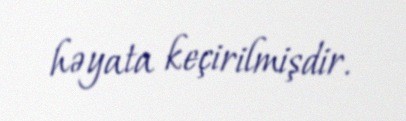
həyata keçirilmişdir.